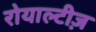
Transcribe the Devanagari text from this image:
रोयाल्टीज़